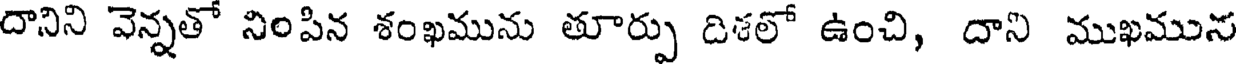
దానిని వెన్నతో నింపిన శంఖమును తూర్పు దిళలో ఉంచి, దాని ముఖమున